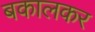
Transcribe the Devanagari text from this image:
बकालकर